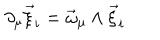
\partial _ { \mu } \vec { \xi } _ { i } = \vec { \omega } _ { \mu } \wedge \vec { \xi } _ { i }